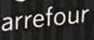
arrefour